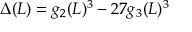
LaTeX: \Delta ( L ) = g _ { 2 } ( L ) ^ { 3 } - 2 7 g _ { 3 } ( L ) ^ { 3 }